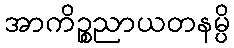
အာကိဉ္စညာယတနမ္ပိ